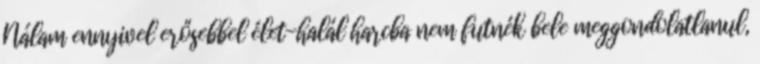
Nálam ennyivel erősebbel élet-halál harcba nem futnék bele meggondolatlanul,